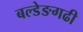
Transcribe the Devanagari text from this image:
बल्डेङगढी